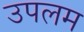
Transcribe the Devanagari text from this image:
उपलम